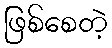
ဖြစ်စေတဲ့